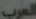
العرب